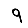
Digit: 9